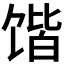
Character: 𲋨